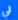
لي